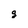
Character: g